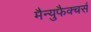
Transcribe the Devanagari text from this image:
मैन्युफैक्चर्स